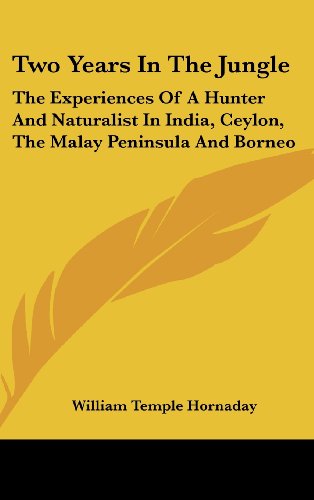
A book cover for Two Years In The Jungle: The Experiences Of A Hunter And Naturalist In India, Ceylon, The Malay Peninsula And Borneo; William Temple Hornaday; Travel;